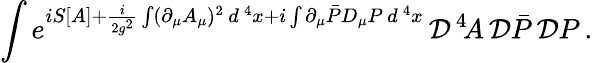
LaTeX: \int e^{iS[A]+{\frac{i}{2g^{2}}}\int(\partial_{\mu}A_{\mu})^{2}\, d^{\, 4}x+i\int\partial_{\mu}\bar{P}D_{\mu}P\, d^{\, 4}x}\, {\cal D}^{\, 4}\! A\, {\cal D}\bar{P}\, {\cal D}P\, .